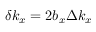
\delta k _ { x } = 2 b _ { x } \Delta k _ { x }